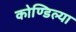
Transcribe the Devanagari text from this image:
कोण्डिल्या